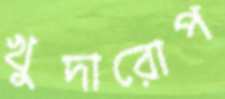
খুদারোপ